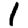
Digit: 1